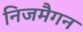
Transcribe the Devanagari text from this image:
निजमैगन